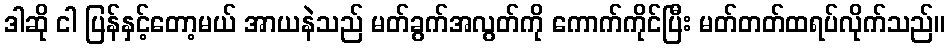
ဒါဆို ငါ ပြန်နှင့်တော့မယ် အာယနဲသည် မတ်ခွက်အလွတ်ကို ကောက်ကိုင်ပြီး မတ်တတ်ထရပ်လိုက်သည်။